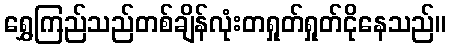
ရွှေကြည်သည်တစ်ချိန်လုံးတရှုတ်ရှုတ်ငိုနေသည်။